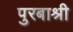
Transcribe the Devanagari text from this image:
पुरबाश्री